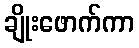
ချိုးဖောက်ကာ